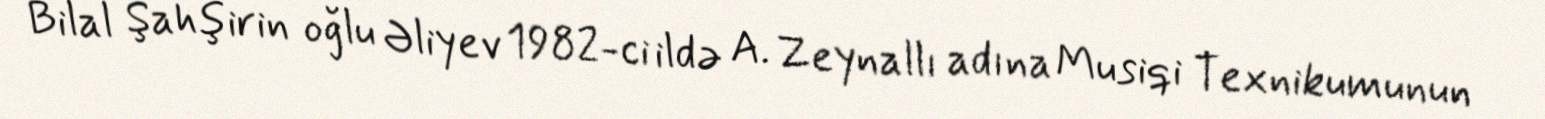
Bilal Şahşirin oğlu Əliyev 1982-ci ildə A. Zeynallı adına Musiqi Texnikumunun